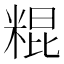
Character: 䊐